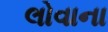
લોવાના